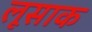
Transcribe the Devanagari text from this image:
लूसाक